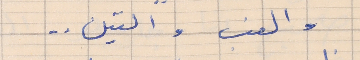
والعنب والتين . .